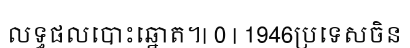
លទ្ធផលបោះឆ្នោត។| 0 | 1946ប្រទេសចិន